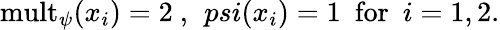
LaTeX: \mathrm{mult}_{\psi}(x_{i})=2\ ,\ \, psi(x_{i})=1\ \ \mathrm{for~\ }i=1,2.